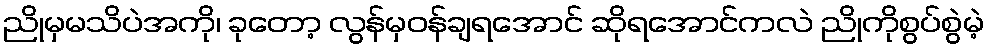
ညိုမှမသိပဲအကို၊ ခုတော့ လွန်မှဝန်ချရအောင် ဆိုရအောင်ကလဲ ညိုကိုစွပ်စွဲမဲ့